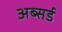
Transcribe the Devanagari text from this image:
अब्सर्ड